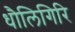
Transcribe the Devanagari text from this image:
धौलिगिरि